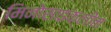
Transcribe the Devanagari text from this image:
मिनोसाइक्लीन